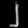
Digit: ၂